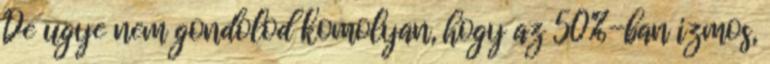
De ugye nem gondolod komolyan, hogy az 50%-ban izmos,